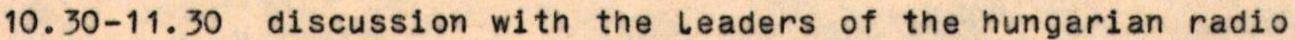
10.30-11.30  discussion with the leaders of the hungarian radio